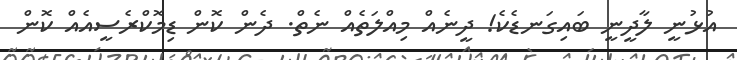
އުޅުނީ ލާދީނީ ބައިގަނޑެކެ! ދީނެއް މިއްލަތެއް ނެތް. ދެން ކޮން ޑިމޮކްރެސީއެއް ކޮން